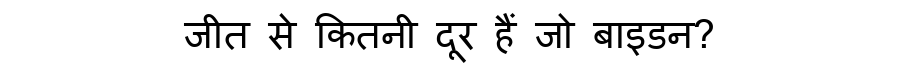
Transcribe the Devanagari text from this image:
जीत से कितनी दूर हैं जो बाइडन?